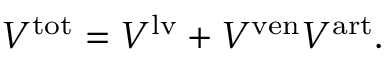
V ^ { \mathrm { t o t } } = V ^ { \mathrm { l v } } + V ^ { \mathrm { v e n } } V ^ { \mathrm { a r t } } .